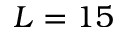
L = 1 5